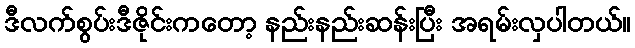
ဒီလက်စွပ်းဒီဇိုင်းကတော့ နည်းနည်းဆန်းပြီး အရမ်းလှပါတယ်။